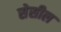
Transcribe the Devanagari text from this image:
सेसील